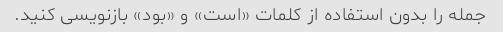
جمله را بدون استفاده از کلمات «است» و «بود» بازنویسی کنید.